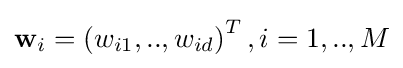
{\mathbf {w} }_{i}=\left({w_{i1},..,w_{id}}\right)^{T},i=1,..,M